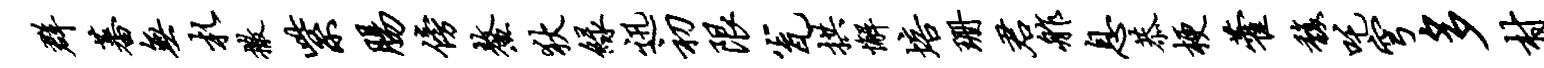
群蕃无札撒紫肠傍鳌狄绿迅初限瓮拱懈培珊君舴息恭梗藿馥吒穹多村